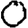
Digit: 0